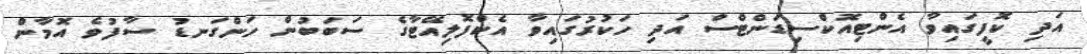
އަދި ކޮފީގައިވާ އެންޓިއޮކްސިޑަންޓްސް އަދި ހަކުރުގައިވާ އެކްފޮލިއޭޓާގެ ސަބަބުން ހަންގަނޑު ސާފުވެ އޮމާން